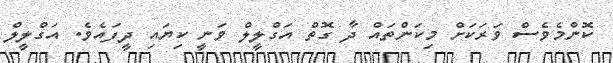
ކޮންމެވެސް ވަރަކަށް މިކަންތައް ދާ ގޮތް އަގްލީލް ވަނީ ކިޔައި ދީފައެވެ. އަގްލީލް